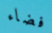
فضاء